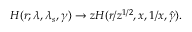
H ( r ; \lambda , \lambda _ { s } , \gamma ) \to z H ( r / z ^ { 1 / 2 } , x , 1 / x , \hat { \gamma } ) .